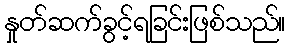
နှုတ်ဆက်ခွင့်ရခြင်းဖြစ်သည်။